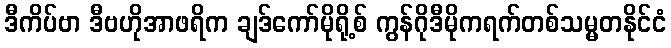
ဒီကိပ်ဗာ ဒီဗဟိုအာဖရိက ချဒ်ကော်မိုရို့စ် ကွန်ဂိုဒီမိုကရက်တစ်သမ္မတနိုင်ငံ